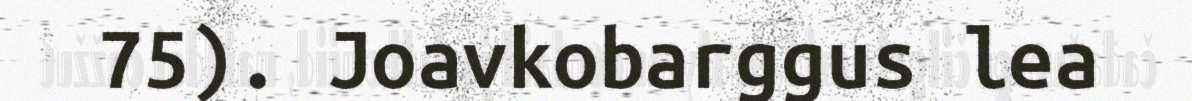
75). Joavkobarggus lea